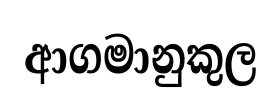
ආගමානුකුල